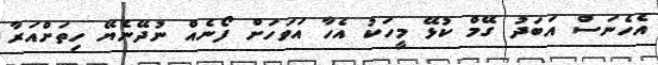
އެހެނަސް އަބަދު ގޭމް ކުޅޭ މީހަކު އެހާ އަވަހަށް ފޯނެއް ނުދޭނެޔޭ ހިތަށްއަރާ